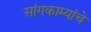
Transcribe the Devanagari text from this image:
सांगकाम्यांचे